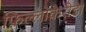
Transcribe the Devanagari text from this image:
फ़िल्लोकेरीडा